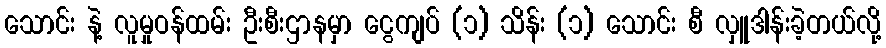
သောင်း နဲ့ လူမှုဝန်ထမ်း ဦးစီးဌာနမှာ ငွေကျပ် (၁) သိန်း (၁) သောင်း စီ လှူဒါန်းခဲ့တယ်လို့